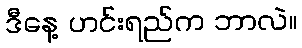
ဒီနေ့ ဟင်းရည်က ဘာလဲ။